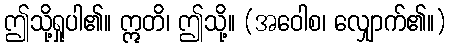
ဤသို့ရှုပါ၏။ ဣတိ၊ ဤသို့။ (အဝေါစ၊ လျှောက်၏။)